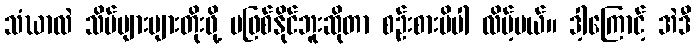
သံဃာလဲ သိပ်များများတိုးဖို့ မဖြစ်နိုင်ဘူးဆိုတာ စဉ်းစားမိပါ လိမ့်မယ်။ ဒါ့ကြောင့် အဲဒီ